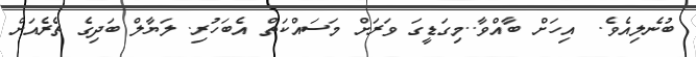
ބުނެލިއެވެ.  އިހަށް ބާއްވާ..މިގަޑީގަ ވަރަށް މަސައްކަތް އެބަހުރި. ލަޔާލް ބަދިގެ ތެރެއަށް